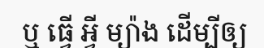
ឬ ធ្វើ អ្វី ម្យ៉ាង ដើម្បីឲ្យ